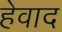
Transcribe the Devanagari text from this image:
हेवाद